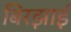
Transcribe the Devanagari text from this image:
बिरझाई